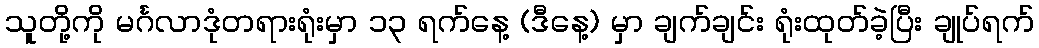
သူတို့ကို မင်္ဂလာဒုံတရားရုံးမှာ ၁၃ ရက်နေ့ (ဒီနေ့) မှာ ချက်ချင်း ရုံးထုတ်ခဲ့ပြီး ချုပ်ရက်